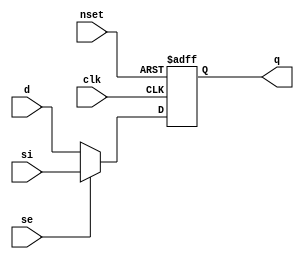
//#############################################################################
//# Function:  Positive edge-triggered static D-type flop-flop with async     #
//#            active low preset and scan input.                              # 
//# Copyright: OH Project Authors. ALl rights Reserved.                       #
//# License:   MIT (see LICENSE file in OH repository)                        # 
//#############################################################################

module oh_sdffsq #(parameter DW = 1) // array width
   (
    input [DW-1:0] 	d,
    input [DW-1:0] 	si,
    input [DW-1:0] 	se,
    input [DW-1:0] 	clk,
    input [DW-1:0] 	nset,
    output reg [DW-1:0] q
    );
   
   always @ (posedge clk or negedge nset)
     if(!nset)
       q <= {DW{1'b1}};
     else
       q <= se ? si : d;
      
endmodule